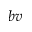
b v